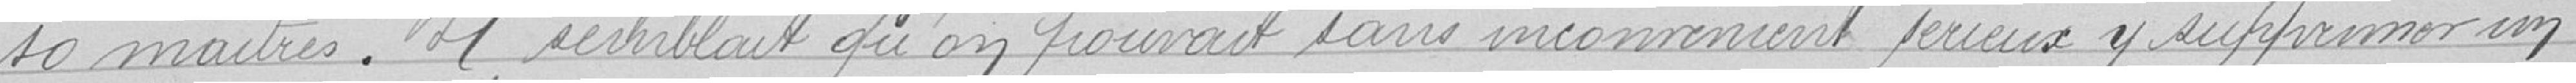
10 maîtres. Il semblait qu'on pouvait faire sans inconvénient sérieux y supprimer